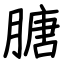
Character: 膅